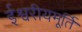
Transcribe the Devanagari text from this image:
ईश्वरीयमूर्ति